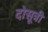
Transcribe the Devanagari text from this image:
दोसूत्री